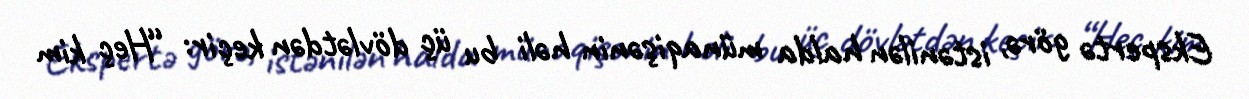
Ekspertə görə, istənilən halda münaqişənin həli bu üç dövlətdən keçir: “Heç kim